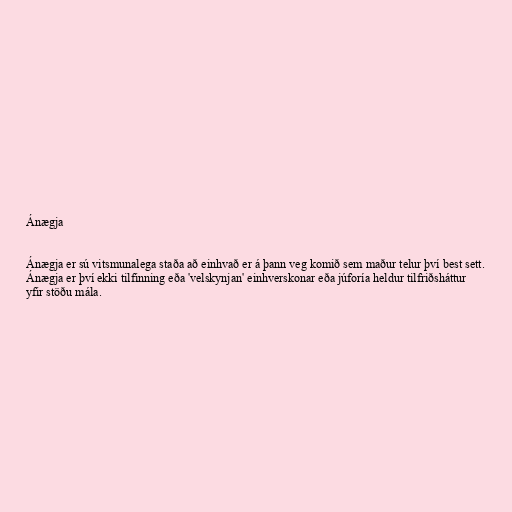
Ánægja

Ánægja er sú vitsmunalega staða að einhvað er á þann veg komið sem maður telur því best sett.
Ánægja er því ekki tilfinning eða 'velskynjan' einhverskonar eða júforía heldur tilfriðsháttur
yfir stöðu mála.